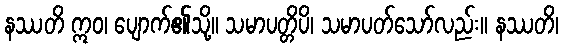
နဿတိ ဣဝ၊ ပျောက်၏သို့။ သမာပတ္တိပိ၊ သမာပတ်သော်လည်း။ နဿတိ၊